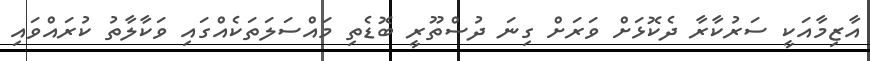
އާޒިމާއަކީ ސަރުކާރާ ދެކޮޅަށް ވަރަށް ގިނަ ދުސްތޫރީ ބޮޑެތި މައްސަލަތަކެއްގައި ވަކާލާތު ކުރައްވައި